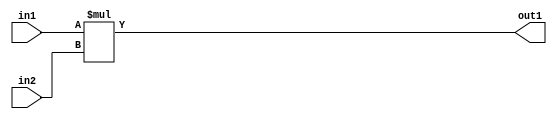
`timescale 1ps / 1ps
/*****************************************************************************
    Verilog RTL Description
    
    
    Created by: Stratus DpOpt 21.05.01 
*******************************************************************************/

module SobelFilter_Mul_24Ux24U_33U_1 (
	in2,
	in1,
	out1
	); /* architecture "behavioural" */ 
input [23:0] in2,
	in1;
output [32:0] out1;
wire [32:0] asc001;

assign asc001 = 
	+(in1 * in2);

assign out1 = asc001;
endmodule

/* CADENCE  urnyQgw= : u9/ySxbfrwZIxEzHVQQV8Q== ** DO NOT EDIT THIS LINE ******/